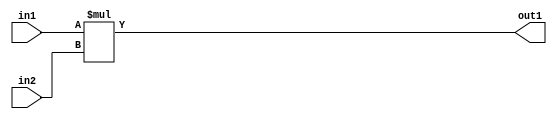
`timescale 1ps / 1ps
/*****************************************************************************
    Verilog RTL Description
    
    
    Created by: Stratus DpOpt 21.05.01 
*******************************************************************************/

module SobelFilter_Mul_24Ux24U_33U_1 (
	in2,
	in1,
	out1
	); /* architecture "behavioural" */ 
input [23:0] in2,
	in1;
output [32:0] out1;
wire [32:0] asc001;

assign asc001 = 
	+(in1 * in2);

assign out1 = asc001;
endmodule

/* CADENCE  urnyQgw= : u9/ySxbfrwZIxEzHVQQV8Q== ** DO NOT EDIT THIS LINE ******/